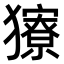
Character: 𤢸